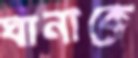
ঘানাকে